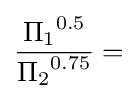
{\frac {{\Pi _{1}}^{0.5}}{{\Pi _{2}}^{0.75}}}=